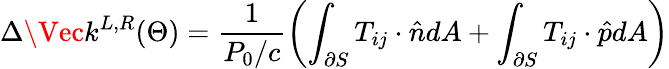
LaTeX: \Delta\Vec{k}^{L,R}(\Theta)=\frac{1}{P_{0}/c}\left(\int_{\partial S}T_{ij}\cdot\hat{n}dA+\int_{\partial S}T_{ij}\cdot\hat{p}dA\right)